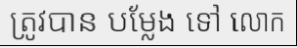
ត្រូវបាន បម្លែង ទៅ លោក